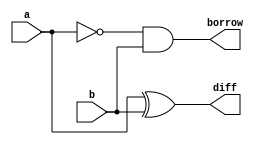
`timescale 1ns / 1ps

module half_substractor(
    input a,b,
    output diff,
    output borrow
    );
    assign diff= a ^ b;
    assign borrow= ~a & b; 
endmodule